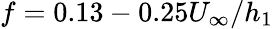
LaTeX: f=0.13-0.25U_{\infty}/h_{1}